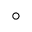
^ \circ